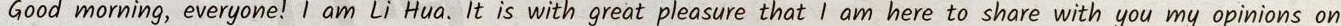
Good morning, everyone!I am Li Hua.It is with great pleasure thatI am here to share with you my opinions on